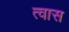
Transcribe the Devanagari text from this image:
त्वास